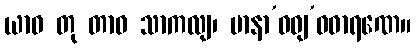
ယာဝ တု တာဝ သာကလျ၊ မာနာ’ဝဓျ’ဝဓာရဏေ။